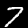
Digit: 7